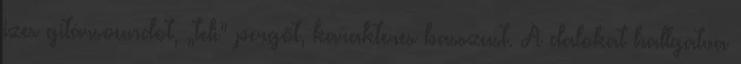
ízes gitársoundot, „teli” pergőt, karakteres basszust. A dalokat hallgatva